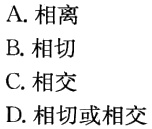
A. 相离

B. 相切

C. 相交

D. 相切或相交